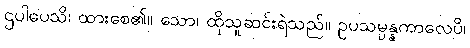
ဌပါပေသိ၊ ထားစေ၏။ သော၊ ထိုသူဆင်းရဲသည်။ ဥပသမ္ပန္နကာလေပိ၊